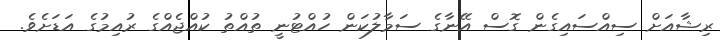
ރިޝާއަށް ސިއްސައިގެން ގޮސް އޭނާގެ ސަމާލުކަން ހުއްޓުނީ ތުއްތު ކުއްޖެއްގެ ރުއިމުގެ އަޑަށެވެ.